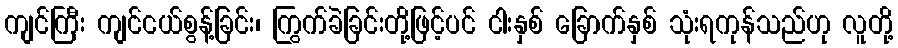
ကျင်ကြီး ကျင်ငယ်စွန့်ခြင်း၊ ကြွက်ခဲခြင်းတို့ဖြင့်ပင် ငါးနှစ် ခြောက်နှစ် သုံးရကုန်သည်ဟု လူတို့